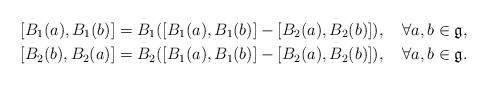
LaTeX: \begin{align*}&[B_1(a),B_1(b)]=B_1([B_1(a),B_1(b)]-[B_2(a),B_2(b)]),\quad\forall a,b\in \mathfrak{g},\\&[B_2(b),B_2(a)]=B_2([B_1(a),B_1(b)]-[B_2(a),B_2(b)]),\quad\forall a,b\in \mathfrak{g}.\end{align*}